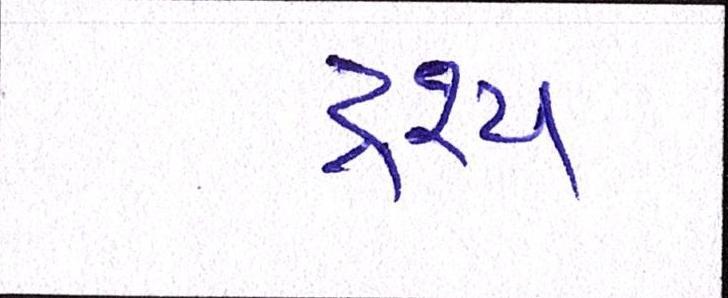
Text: દ્રશ્યઃ